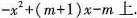
- x 2 + ( m + 1 ) x - m$$上。